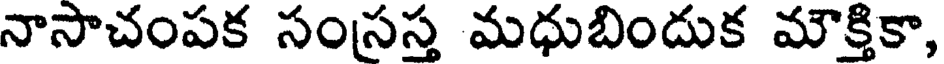
నాసాచంపక సంసస్త మధుబిందుక మౌక్తికా,